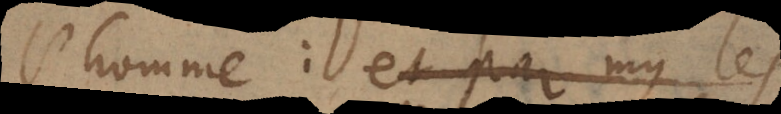
l’homme: et parmy le